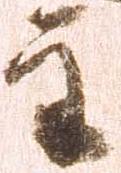
主